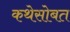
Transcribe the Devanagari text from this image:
कथेसोबत